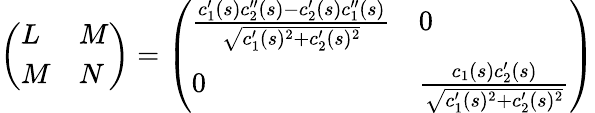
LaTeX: {\left(\begin{array}{ll}{L}&{M}\\ {M}&{N}\end{array}\right)}={\left(\begin{array}{ll}{{\frac{c_{1}^{\prime}(s)c_{2}^{\prime\prime}(s)-c_{2}^{\prime}(s)c_{1}^{\prime\prime}(s)}{\sqrt{c_{1}^{\prime}(s)^{2}+c_{2}^{\prime}(s)^{2}}}}}&{0}\\ {0}&{{\frac{c_{1}(s)c_{2}^{\prime}(s)}{\sqrt{c_{1}^{\prime}(s)^{2}+c_{2}^{\prime}(s)^{2}}}}}\end{array}\right)}